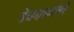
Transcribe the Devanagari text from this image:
वेधशाळीची